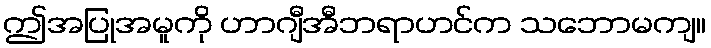
ဤအပြုအမူကို ဟာဂျီအီဘရာဟင်က သဘောမကျ။